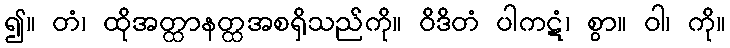
၍။ တံ၊ ထိုအတ္ထာနတ္ထအစရှိသည်ကို။ ဝိဒိတံ ပါကဋံ၊ စွာ။ ဝါ၊ ကို။